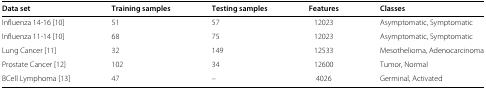
<table><thead><tr><td><b>Data set</b></td><td><b>Training samples</b></td><td><b>Testing samples</b></td><td><b>Features</b></td><td><b>Classes</b></td></tr></thead><tbody><tr><td>Influenza 14-16[10]</td><td>51</td><td>57</td><td>12023</td><td>Asymptomatic, Symptomatic</td></tr><tr><td>Influenza 11-14[10]</td><td>68</td><td>75</td><td>12023</td><td>Asymptomatic, Symptomatic</td></tr><tr><td>Lung Cancer[11]</td><td>32</td><td>149</td><td>12533</td><td>Mesothelioma, Adenocarcinoma</td></tr><tr><td>Prostate Cancer[12]</td><td>102</td><td>34</td><td>12600</td><td>Tumor, Normal</td></tr><tr><td>BCell Lymphoma[13]</td><td>47</td><td>–</td><td>4026</td><td>Germinal, Activated</td></tr></tbody></table>